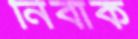
নিবাক